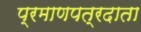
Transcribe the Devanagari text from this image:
प्रमाणपत्रदाता